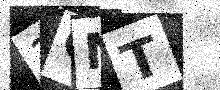
Text: 2ONT